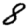
Digit: 8